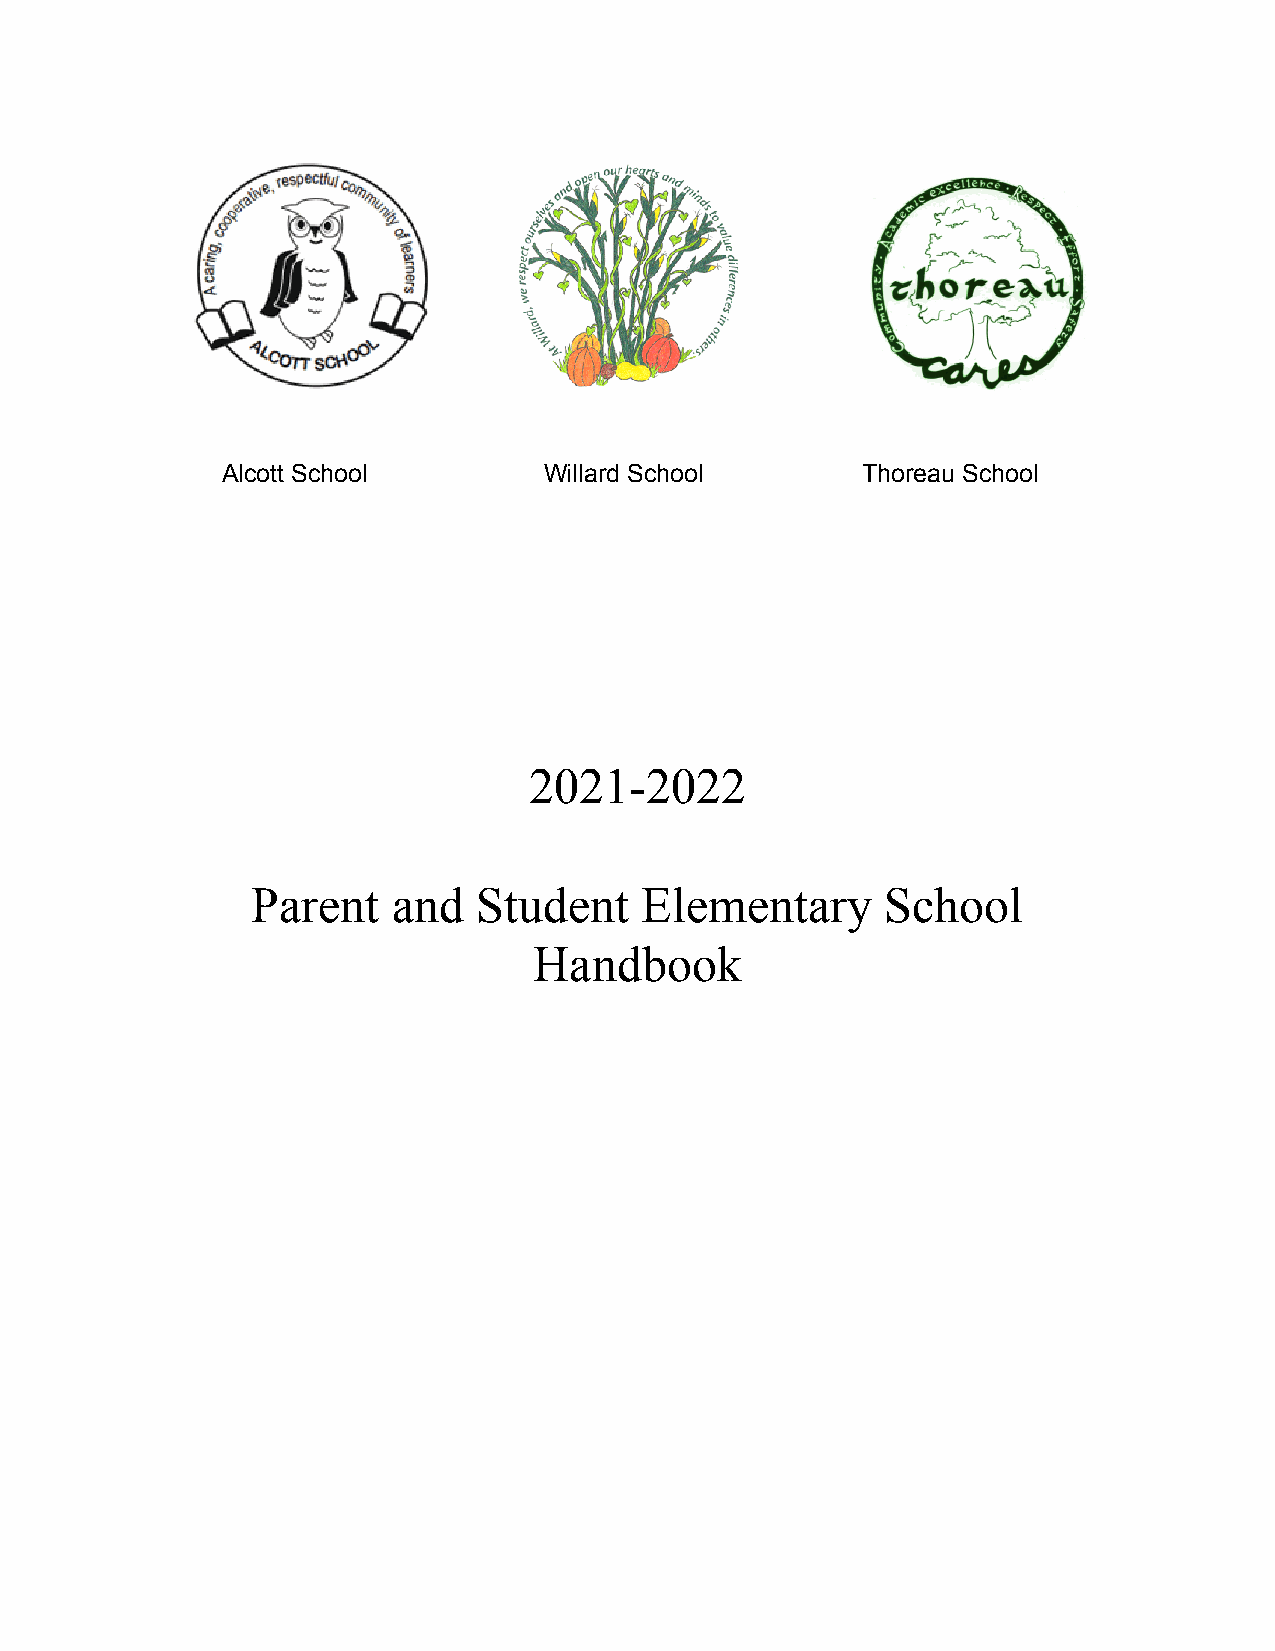
Alcott School        Willard School       Thoreau School
 2021-2022
 Parent   and   Student   Elementary       School
 Handbook